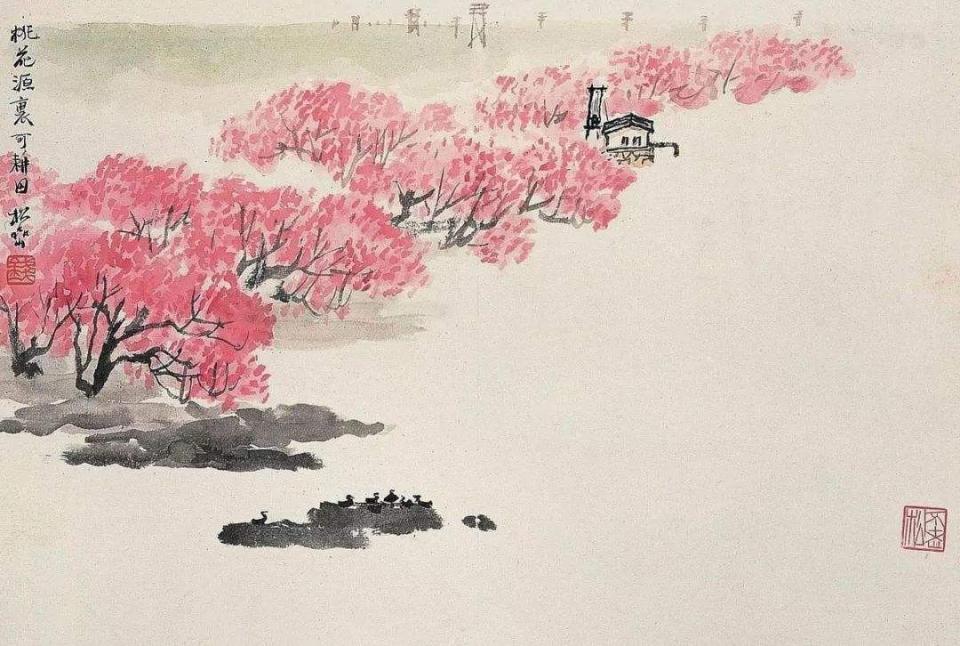
桃李春风一杯酒，江湖夜雨十年灯。